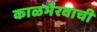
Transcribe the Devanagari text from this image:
काळभैरवाची